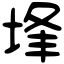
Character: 埄